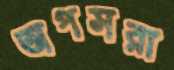
অপসরা